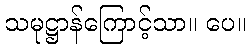
သမုဋ္ဌာန်ကြောင့်သာ။ ပေ။